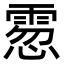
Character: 䨚